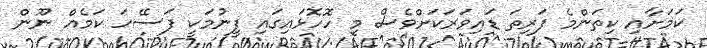
ކަމަށާއި ކިތަންމެ ފަރިތަ ޑައިވަރަކަށްވެސް މި ހޮހޮޅައިގައި ފީނުމަކީ ފަސޭހަ ކަމެއް ނޫން